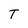
Character: T